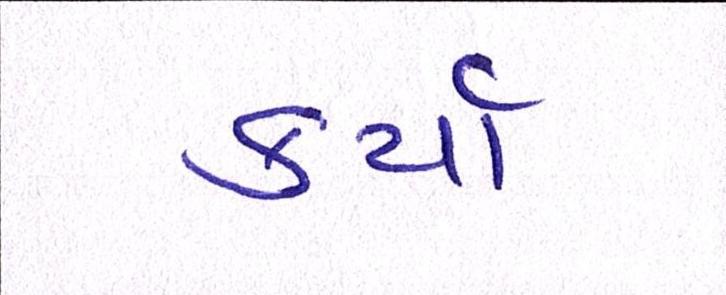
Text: કર્યા